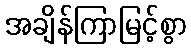
အချိန်ကြာမြင့်စွာ